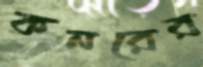
কনরের